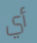
أي